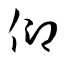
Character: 仰